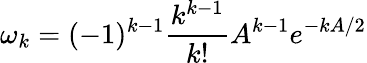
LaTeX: \omega_{k}=(-1)^{k-1}\frac{k^{k-1}}{k!}A^{k-1}e^{-kA/2}